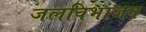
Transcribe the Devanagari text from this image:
जलविभाजन